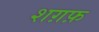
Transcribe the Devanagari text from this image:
शग़फ़